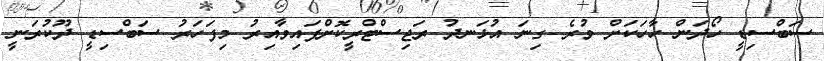
ސަބްސިޑީ ހޯދަން ހާހަކަށް ވުރެ ގިނަ އުޅަނދު ރަޖިސްޓްރީކޮށްފައިވާއިރު މިފަހަރު ސަބްސިޑީ ދޫކުރަނީ